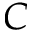
C